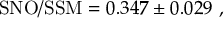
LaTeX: \mathrm { S N O / S S M } = 0 . 3 4 7 \pm 0 . 0 2 9 \ ,